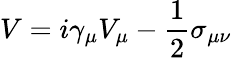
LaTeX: V=i\gamma_{\mu}V_{\mu}-\frac{1}{2}\sigma_{\mu\nu}